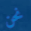
نحن